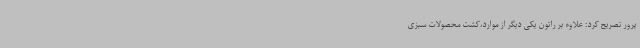
پرور تصریح کرد: علاوه بر راتون یکی دیگر از موارد،کشت محصولات سبزی